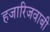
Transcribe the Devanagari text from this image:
हजारिजवाबी